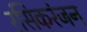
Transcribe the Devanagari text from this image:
रसिकरंजन